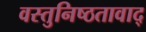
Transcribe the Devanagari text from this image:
वस्तुनिष्ठतावाद्